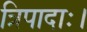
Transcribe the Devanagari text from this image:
त्रिपादाः।